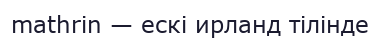
mathrin — ескі ирланд тілінде